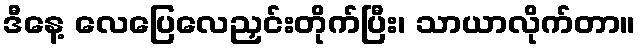
ဒီနေ့ လေပြေလေညှင်းတိုက်ပြီး၊ သာယာလိုက်တာ။